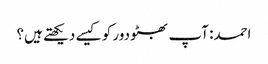
احمد: آپ بھٹو دور کو کیسے دیکھتے ہیں؟